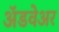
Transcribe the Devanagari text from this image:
अॅडवेअर